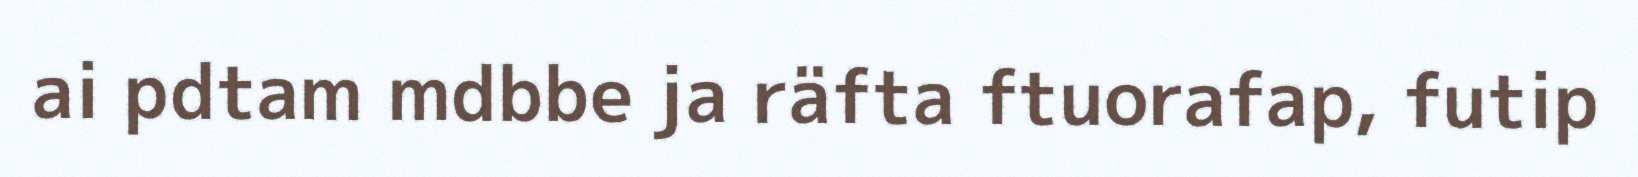
ai pdtam mdbbe ja räfta ftuorafap, futip